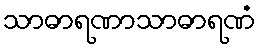
သာဓာရဏာသာဓာရဏံ